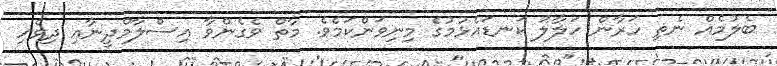
ބެލުމެއް ނެތި ހަރާން ހަލާލު ކަނޑައެޅުމުގެ މިނިވަންކަމެވެ. މާތް ވެގެންވާ އިސްލާމްދީނާއި ދިވެހި